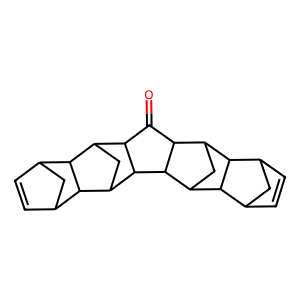
SMILES: O=C1C2C3CC(C4C5C=CC(C5)C34)C2C2C3CC(C12)C1C2C=CC(C2)C31
Inhibits HIV replication: No